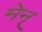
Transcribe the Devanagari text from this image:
मेन्